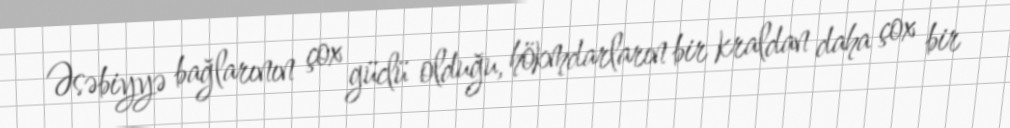
Əsəbiyyə bağlarının çox güclü olduğu, hökmdarların bir kraldan daha çox bir